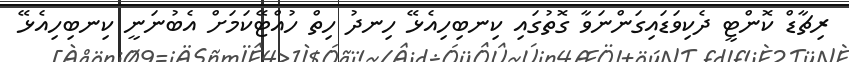
ރިޗާޑް ކޮންޓީ ދެކިވަޑައިގަންނަވާ ގޮތުގައި ކިނބިހިއެޅޭ ހިނދު ހިތް ހުއްޓޭކަމަށް އެބުނަނީ ކިނބިހިއެޅޭ